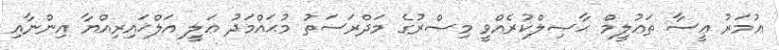
ޢުމަރު ޢީސާ ތަޢުލީމް ޙާޞިލްކުރެއްވީ މިޞްރުގެ މަދްރަސަތު މުޙައްމަދު ޢަލީ އަލްޚައިރިއްޔާ އިންނާއި